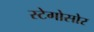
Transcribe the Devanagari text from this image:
स्टेगोसोर